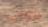
طوني